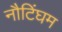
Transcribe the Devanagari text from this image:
नौटिंघम